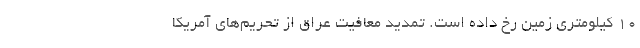
۱۰ کیلومتری زمین رخ داده است. تمدید معافیت عراق از تحریم‌های آمریکا